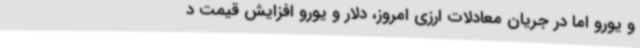
و یورو اما در جریان معادلات ارزی امروز، دلار و یورو افزایش قیمت د